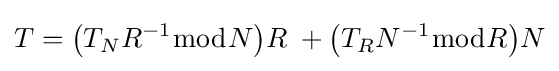
T={\bigl (}T_{N}R^{-1}{\bmod {N}}{\bigr )}R\;+{\bigl (}T_{R}N^{-1}{\bmod {R}}{\bigr )}N